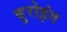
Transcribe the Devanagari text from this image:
बुरोइंग